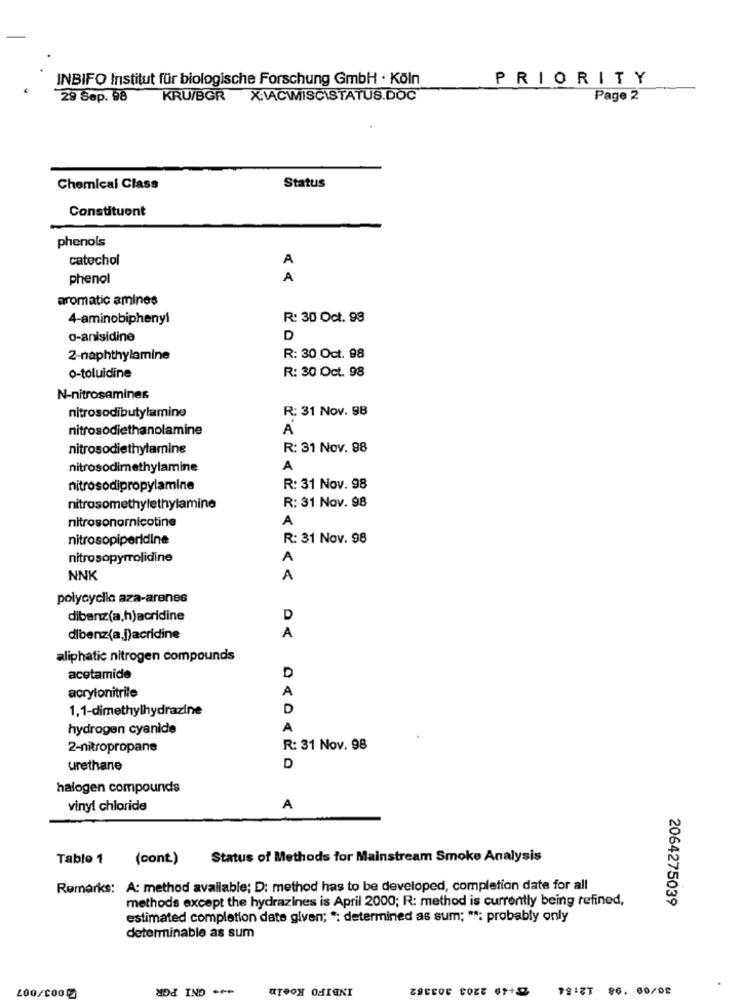
INBIFO Institut für biologische Forschung GmbH · Köln
PRIORITY
29 Sep. 98
KRU/BGR X.VACWIISCISTATUS.DOC
Page 2
Status
Chemical Class
Constituent
phenols
catechol
A
phenol
A
aromatic amines
4-aminobiphenyl
R: 30 Oct. 98
o-anisidine
D
2-naphthylamine
R: 30 Oct. 98
R: 30 Oct. 98
o-toluidine
N-nitrosamines
R: 31 Nov. 98
nitrosodibutylamine
nitrosodiethanolamine
A
nitrosodiethylamine
R: 31 Nov. 98
nitrosodimethylamine
A
nitrosodipropylamine
R: 31 Nov. 98
R: 31 Nov. 98
nitrosomethylethylamine
A
nitrosonornicotine
nitrosopiperidine
R: 31 Nov. 98
nitrosopyrrolidine
A
NNK
A
polycyclic aza-arenes
dibenz(a,h)acridine
D
dlbenz(a.])acridine
A
aliphatic nitrogen compounds
D
acetamide
A
acrylonitrile
1,1-dimethylhydrazine
D
hydrogen cyanide
A
2-nitropropane
R: 31 Nov. 98
urethane
D
halogen compounds
vinyl chloride
A
Table 1 (cont)
Status of Methods for Mainstream Smoke Analysis
Remarks: A: method available; D: method has to be developed, completion date for all
methods except the hydrazines is April 2000; R: method is currently being refined,
2064275039
estimated completion date given; *: determined as sum; **: probably only
determinable as sum
*** GNI PGR
INBIFO Koeln
400/CODE
18 :ZT $6. 00/08